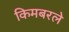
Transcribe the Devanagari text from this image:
किमबरले